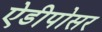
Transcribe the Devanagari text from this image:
ऐडीपोसर